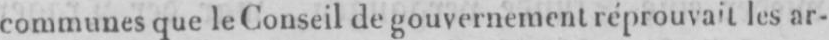
communes que le Conseil de gouvernement réprouvait les ar-